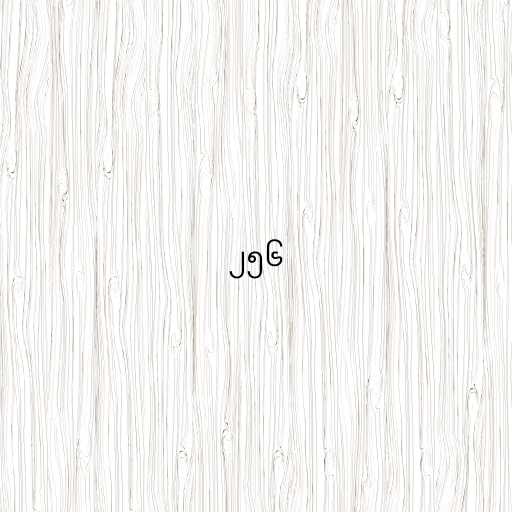
၂၅၆